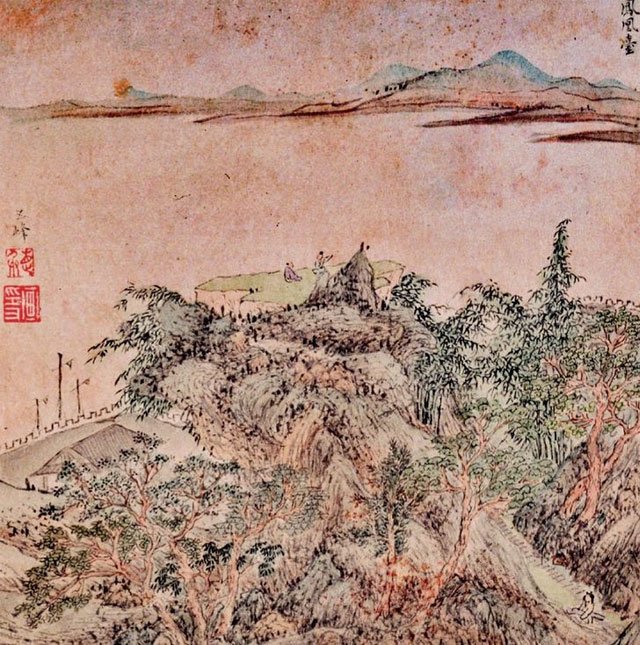
吴宫花草埋幽径，晋代衣冠成古丘。